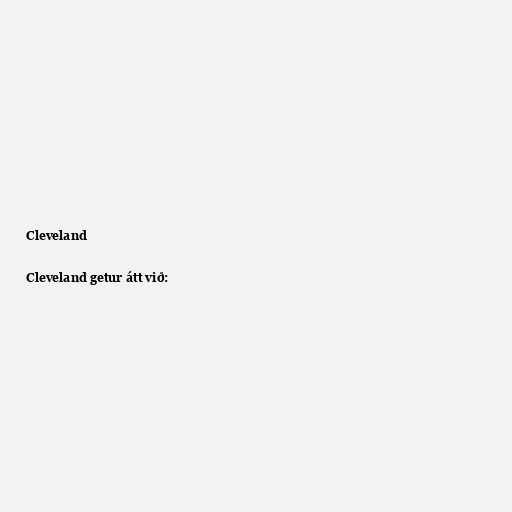
Cleveland

Cleveland getur átt við: